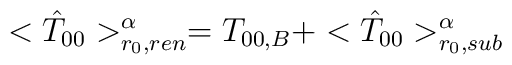
<{\hat T}_{00}>^{\alpha}_{r_0,ren}=T_{00,B}+<{\hat T}_{00}>^{\alpha}_{r_0,sub}